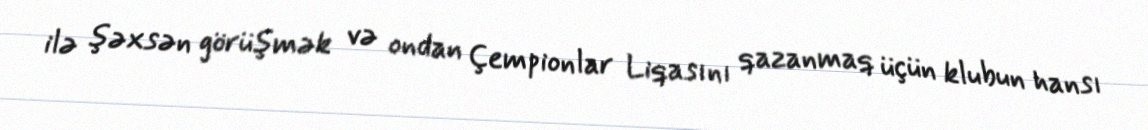
ilə şəxsən görüşmək və ondan Çempionlar Liqasını qazanmaq üçün klubun hansı